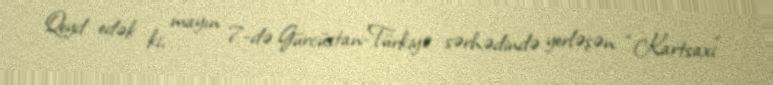
Qeyd edək ki, mayın 7-də Gürcüstan-Türkiyə sərhədində yerləşən “Kartsaxi”